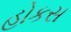
હોકસ